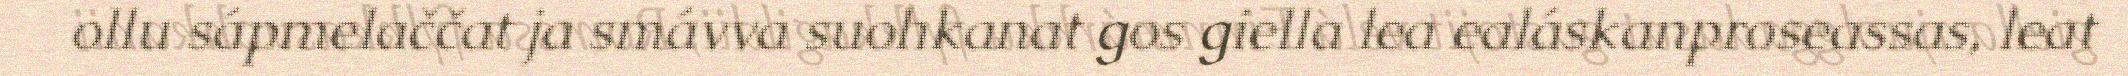
ollu sápmelaččat ja smávva suohkanat gos giella lea ealáskanproseassas, leat